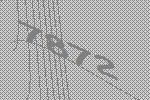
7872